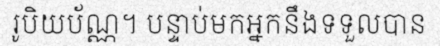
រូបិយប័ណ្ណ។ បន្ទាប់មកអ្នកនឹងទទួលបាន